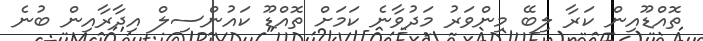
ތޮއްޑޫއިން ކަރާ ލިބޭ މިންވަރު މަދުވާނެ ކަމަށް ތޮއްޑޫ ކައުންސިލް އިދާރާއިން ބުނެ